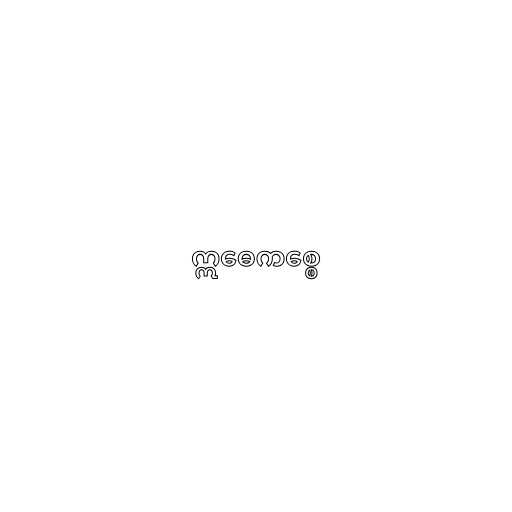
ဣဓေကစ္စေ